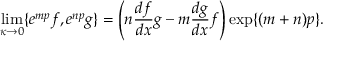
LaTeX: \operatorname * { l i m } _ { \kappa \to 0 } \{ e ^ { m p } f , e ^ { n p } g \} = \Bigg ( n \frac { d f } { d x } g - m \frac { d g } { d x } f \Bigg ) \exp \{ ( m + n ) p \} .